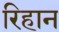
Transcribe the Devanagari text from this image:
रिहान